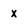
Character: x